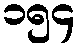
၁၅၄